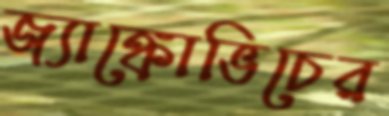
জ্যাঙ্কোভিচের